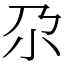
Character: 尕